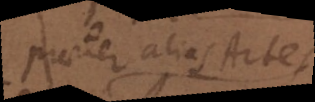
praeter alias Artes